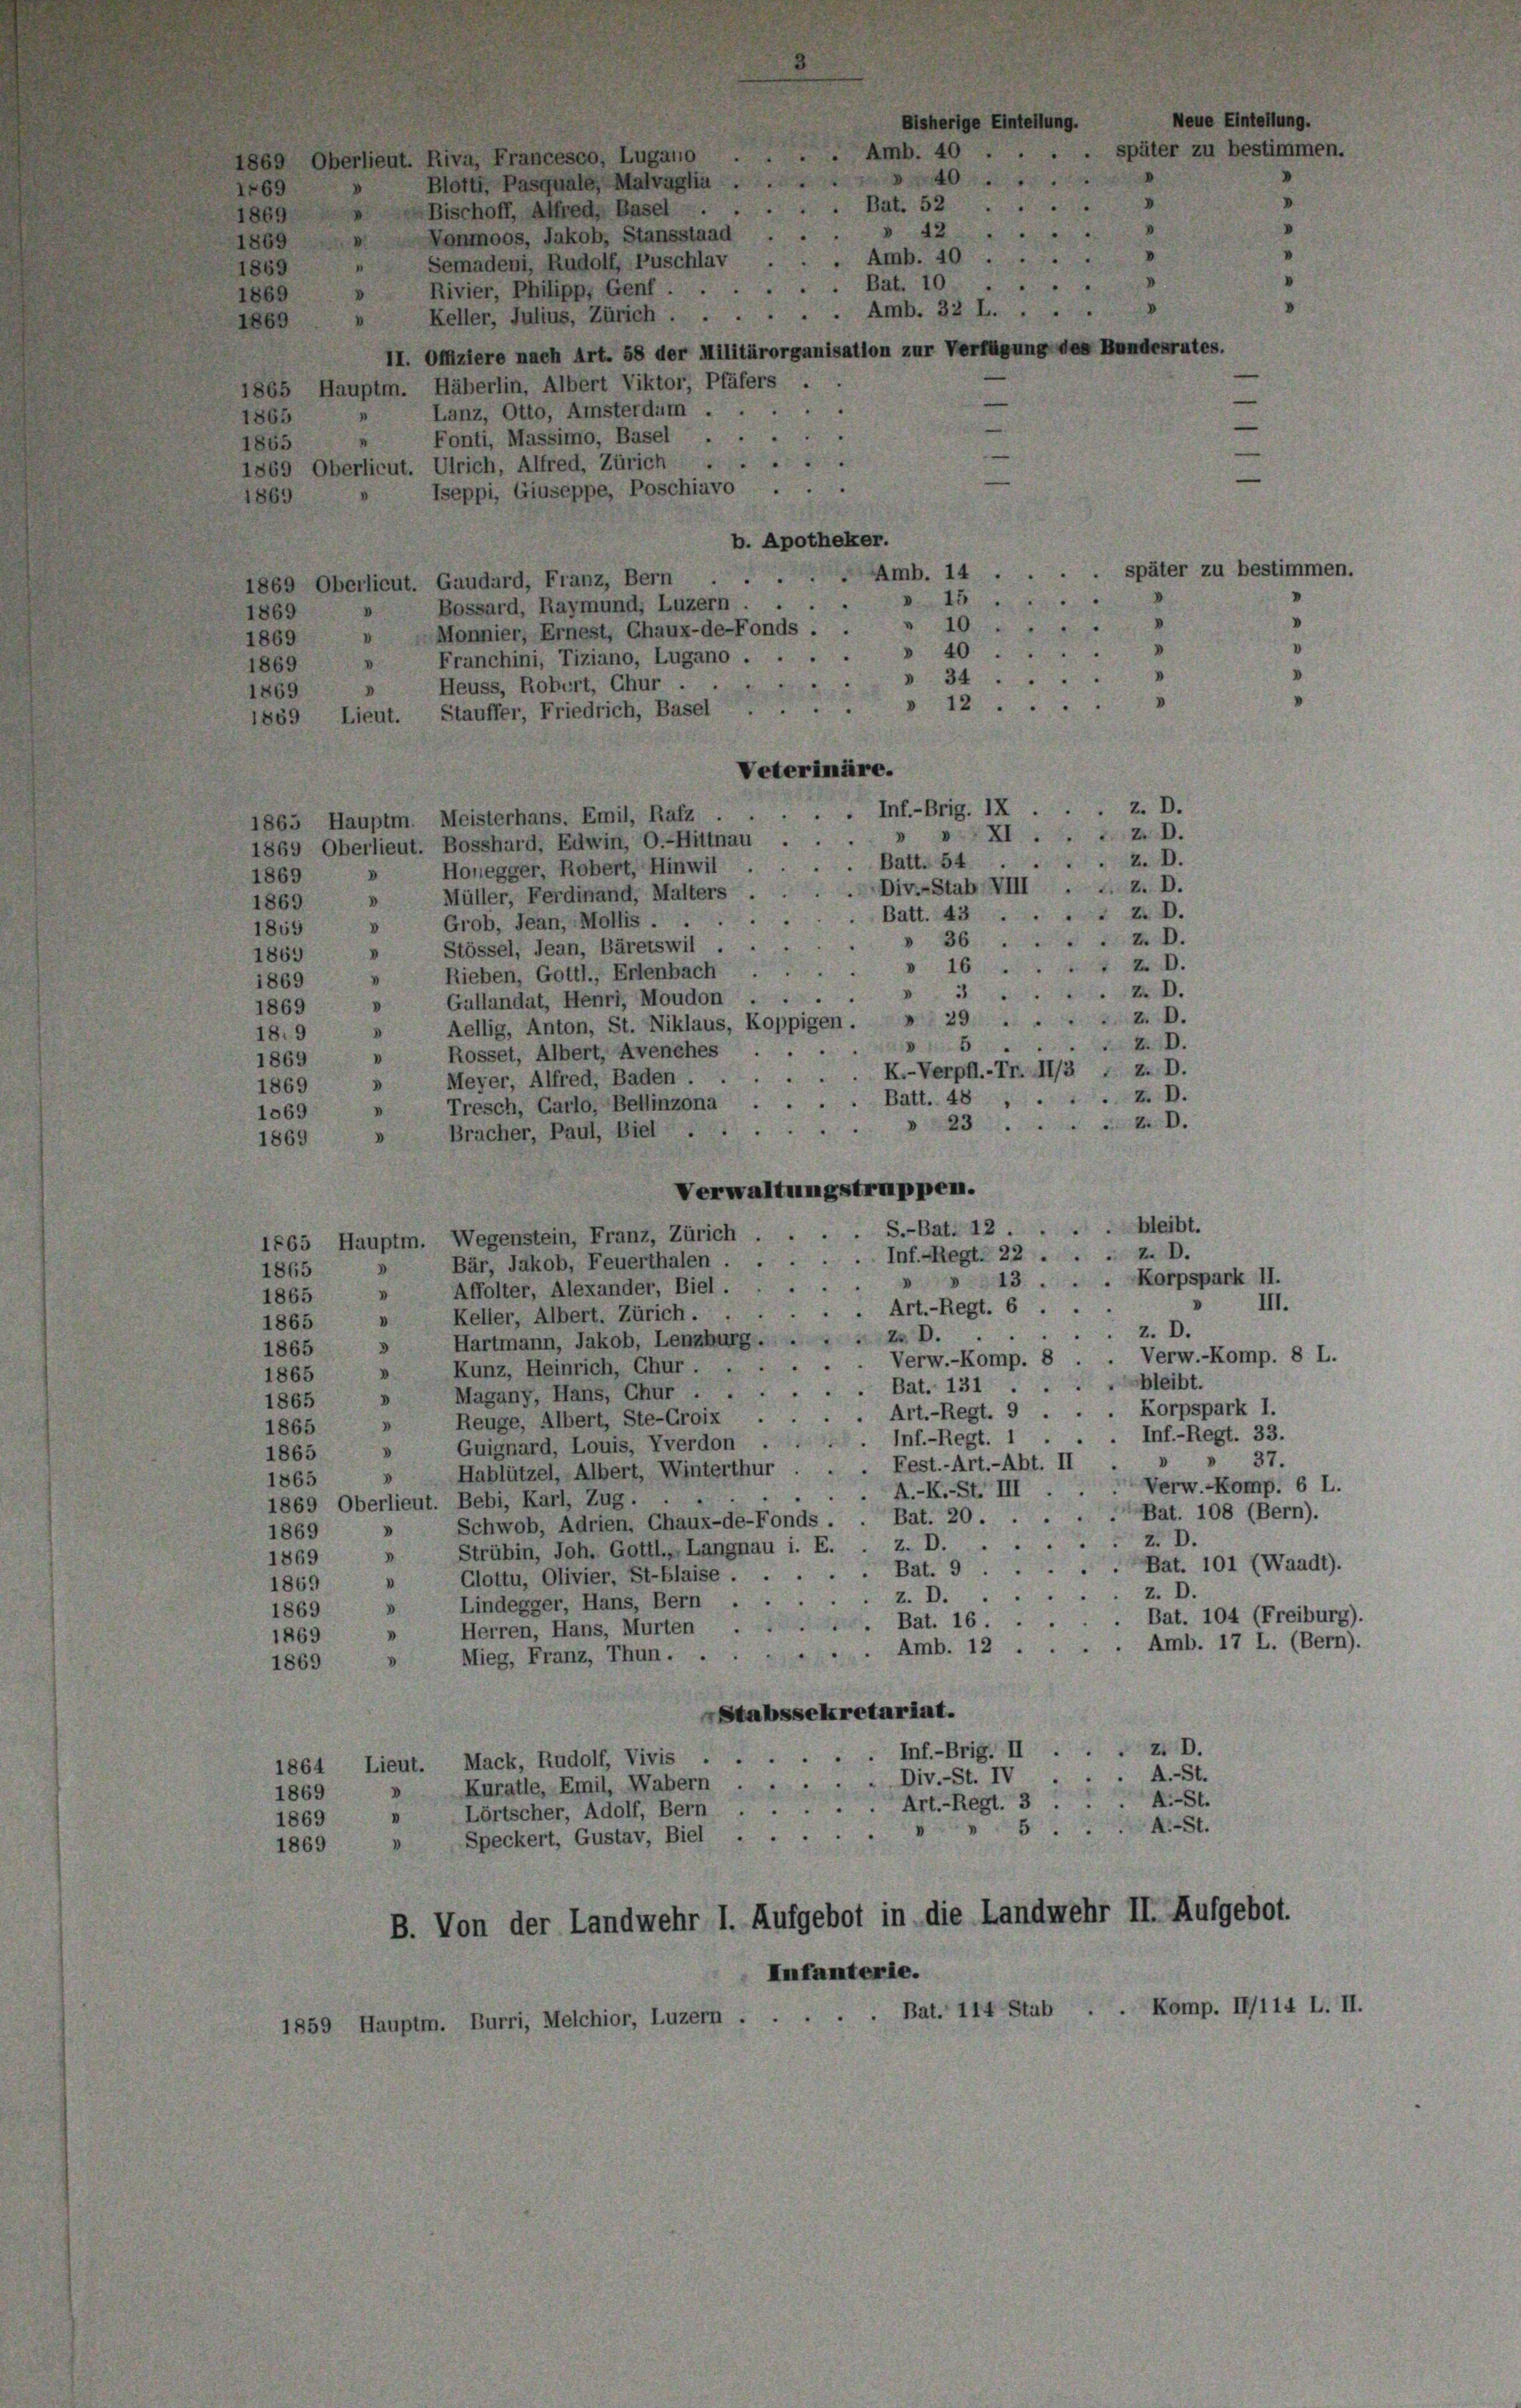
1869 Oberlieut. Riva, Francesco, Lugano .
Blotti, Pasquale, Malvaglin
1469
Bat. 521
2
Bischoff, Alfred, Basel .
V
1869
 42 . . . .
Vonmoos, Jakob, Stansstaad
V.
1869
Amb. 40.
Semadeni, Rudolf, Puschlav
"
1869
. Bat. 10.
e
Rivier, Philipp, Genf . .
1869
Keller, Julius, Zürich. Amb. 32 L.
V
1869
II. Offiziere nach Art. 58 der Militärorganisation zur Verfügung des Bundesrates.
1865 Hauptm. Häberlin, Albert Viktor, Pfäfers
Lanz, Otto, Amsterdum
1865
Fonti, Massimo, Basel . .
1865
1869 Oberlieut. Ulrich, Alfred, Zürich
Iseppi, Giuseppe, Poschiavo
1869
b. Apotheker.
AAmb. 14 . . . . später zu bestimme
1869 Oberlieut. Gaudard, Franz, Bern
 15.
d
Bossard, Raymund, Luzern
1869
.
10.
.
Monnier, Ernest, Chaux-de-Fonds.
1869
40
Franchini, Tiziano, Lugano.
.
1869
34.
Heuss, Robert, Chur .
V
1869
12...
1869 Lieut. Stauffer, Friedrich, Basel
Veterinäre.
z. D.
Inf.-Brig. IX
1865 Hauptm. Meisterhans. Emil, Rafz
XI. 2 D.
1869 Oberlieut. Bosshard, Edwin, O.-Hittnau
Z. D.
Batt. 54.
Honegger, Robert, Hinwil
V
1869
Div.-Stab XVIII. u. z. D.
» Müller, Ferdinand, Malters
1869
 D.
Batt. 43
Grob, Jean, Mollis ...
v
1859
36. z. D.
Stössel, Jean, Bäretswil ..
Z. D.
16
Rieben, Gottl., Erlenbach
1869
Z. D.
Gallandat, Henri, Moudon
.
1869
z. D.
Aellig, Anton, St. Niklaus, Koppigen.
V
18.9
2.D.
Rosset, Albert, Avenches
V
1869
K.-Verpfl.-Tr. II/3 * z. D.
Meyer, Alfred, Baden .
d
1869
z. D.
Batt. 48
Tresch, Carlo, Bellinzona
1569
" 23. M. D.
Bracher, Paul, Biel .
1869
Verwaltungstruppen.
bleibt.
S.-Bat. 12
e
1865 Hauptm. Wegenstein, Franz, Zürich
Inf.-Regt. 222. D.
Bär, Jakob, Feuerthalen.
8
1865
. Korpspark II.
13
V
Affolter, Alexander, Biel.
V
1865
» III.
. Art.-Regt. 6
» Keller, Albert. Zürich.
1865
z. D.
2 D.
Hartmann, Jakob, Lenzburg.
3
1865
Verw.-Komp. 8 . . Verw.-Komp. 8 L.
Kunz, Heinrich, Chur.
V.
1865
bleibt.
Bat. 131
.
Magany, Hans, Chur ...
D
1865
Art.-Regt. 9 . . . Korpspark 1.
» Reuge, Albert, Ste-Groix
1865
. Inf.-Regt. 33.
Inf.-Regt.
Guignard, Louis, Yverdon
d
1865
37.
Hablützel, Albert, Winterthur . Fest.-Art.-Abt. II
d
1865
Verw.-Komp. 6 L.
A.-K.-St. III
1869 Oberlieut. Bebi, Karl, Zug.
Bat. 108 (Bern).
Bat. 20.
Schwob, Adrien, Chaux-de-Fonds.
V
1869
Z. D.
Z. D.
1869 » Strübin, Joh. Gottl., Langnau i. E.
Bat. 101 (Waadt).
Bat. 9
Glottu, Olivier, St-Blaise . .
"
1869
z. D.
z. D
Lindegger, Hans, Bern . .
D
1869
Bat. 104 (Freiburg).
Bat. 16.
Herren, Hans, Murten .
"
1869
Amb. 17 L. (Bern).
Amb. 12
Mieg, Franz, Thun . .
1869
Stabssekretariat.
z. D.
Inf.-Brig. II
.
1864 Lieut. Mack, Rudolf, Vivis
A.-St.
Div.-St. IV
Kuratie, Emil, Wabern
V
1869
A.-St.
Art.-Regt. 3
Lörtscher, Adolf, Bern
v
1869
A.-St.
5
Speckert, Gustav, Biel
1869
B. Von der Landwehr I. Aufgebot in die Landwehr II. Aufgebot.
Infanterie.
Bat. 114 Stub . . Komp. II/114 L.
1859 Hauptm. Burri, Melchior, Luzern . .

1869

40.